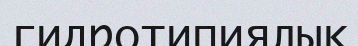
гидротипиялық